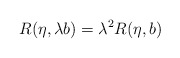
\begin{align*}R(\eta, \lambda b) = \lambda^2 R(\eta, b)\end{align*}